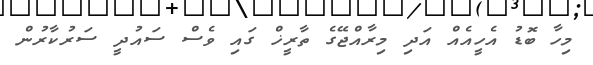
މިހާ ބޮޑު އެހީއެއް އަދި މިރާއްޖޭގެ ތާރީޚް ގައި ވެސް ސައުދީ ސަރުކާރުން